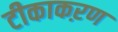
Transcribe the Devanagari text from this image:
टीकाकऱण